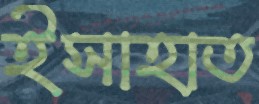
ইসাহাত